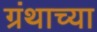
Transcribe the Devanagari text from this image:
ग्रंथाच्‍या